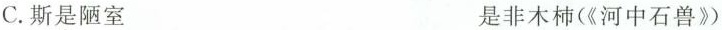
C.斯是陋室 是非木柿(《河中石兽》)